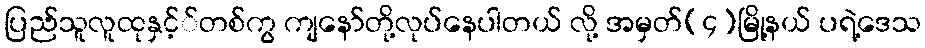
ပြည်သူလူထုနှင့််တစ်ကွ ကျနော်တို့လုပ်နေပါတယ် လို့ အမှတ်(၄)မြို့နယ် ပရဲ့ဒေသ